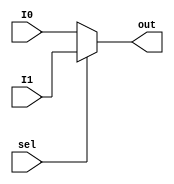
`timescale 1ns / 1ps
//////////////////////////////////////////////////////////////////////////////////
// Company: 
// Engineer: 
// 
// Design Name: 
// Module Name:    Q3 
// Project Name: 
// Target Devices: 
// Tool versions: 
// Description: 
//
// Dependencies: 
//
// Revision: 
// Revision 0.01 - File Created
// Additional Comments: 
//
//////////////////////////////////////////////////////////////////////////////////
module mux2_1(
		input I0,
		input I1,
		input sel,
		output reg out
	);
	
always @(*)
begin
	if(sel == 1'b1)
		out <= I1;
	else
		out <= I0;
end
endmodule

module Q3(
	input A,
	input B,
	output out2
    );
wire high = 1'b1;
mux2_1 mux(.I0(high), .I1(~B), .sel(A), .out(out2)); // if a == 0 , nand output always == 1 , else, nand output == ~B
endmodule